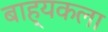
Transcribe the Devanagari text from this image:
बाह्यकला